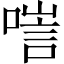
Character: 𠻂